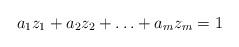
LaTeX: \begin{align*}a_1z_1 + a_2z_2 + \ldots + a_mz_m = 1 \end{align*}